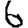
Digit: 6